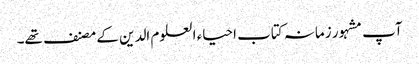
آپ مشہور زمانہ کتاب احیاء العلوم الدین کے مصنف تھے۔